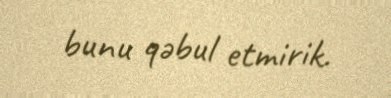
bunu qəbul etmirik.